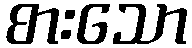
စားသော